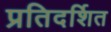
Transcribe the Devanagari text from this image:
प्रतिदर्शित